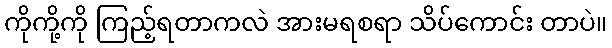
ကိုကို့ကို ကြည့်ရတာကလဲ အားမရစရာ သိပ်ကောင်း တာပဲ။